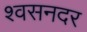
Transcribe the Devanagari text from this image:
श्वसनदर